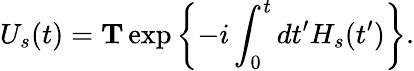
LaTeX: U_{s}(t)=\mathbf{T}\exp\left\{ -i\int_{0}^{t}dt^{\prime}H_{s}(t^{\prime})\right\} .